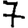
Digit: 7